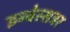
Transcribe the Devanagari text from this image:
इन्वेस्सट्रर